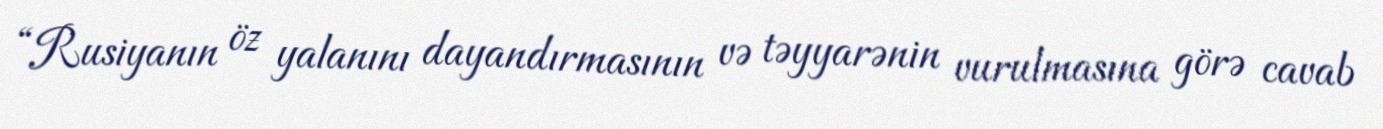
“Rusiyanın öz yalanını dayandırmasının və təyyarənin vurulmasına görə cavab